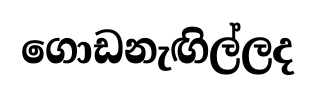
ගොඩනැඟිල්ලද